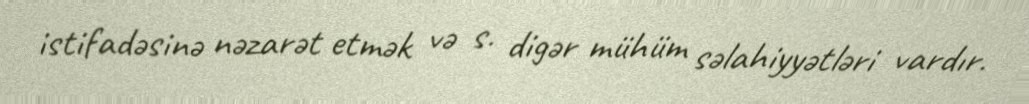
istifadəsinə nəzarət etmək və s. digər mühüm səlahiyyətləri vardır.